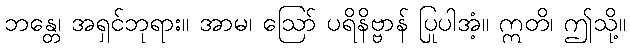
ဘန္တေ၊ အရှင်ဘုရား။ အာမ၊ ဩော် ပရိနိဗ္ဗာန် ပြုပါအံ့။ ဣတိ၊ ဤသို့။